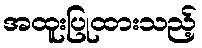
အထူးပြုထားသည့်